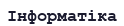
Інформатіка